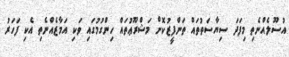
އުސޫލެއްނެތި މިފަދަ ސިޔާސަތުތައް ތަންފީޒުކޮށް މަޝްރޫޢުތައް ހިންގުމުގައި ވަކި އަމާޒެއްނެތި އެކި ފަހަރު